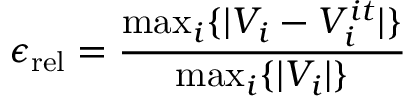
\epsilon _ { \mathrm { r e l } } = \frac { \operatorname* { m a x } _ { i } \{ | V _ { i } - V _ { i } ^ { i t } | \} } { \operatorname* { m a x } _ { i } \{ | V _ { i } | \} }